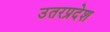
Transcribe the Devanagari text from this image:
उतरप्रदेश